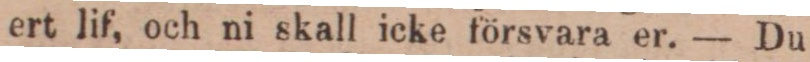
ert lif, och ni skall icke försvara er. — Du